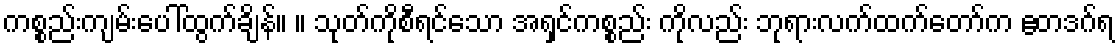
ကစ္စည်းကျမ်းပေါ်ထွက်ချိန်။ ။ သုတ်ကိုစီရင်သော အရှင်ကစ္စည်း ကိုလည်း ဘုရားလက်ထက်တော်က ဧတဒဂ်ရ